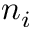
n _ { i }